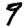
Digit: 9